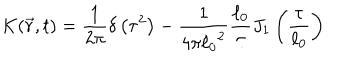
K ( \vec { r } , t ) = \frac { 1 } { 2 \pi } \delta \left( \tau ^ { 2 } \right) - \frac { 1 } { 4 \pi { \ell _ { 0 } } ^ { 2 } } \frac { \ell _ { 0 } } { \tau } J _ { 1 } \left( \frac { \tau } { \ell _ { 0 } } \right)